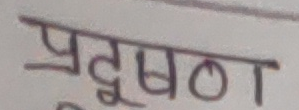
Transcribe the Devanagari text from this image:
प्रदूषण